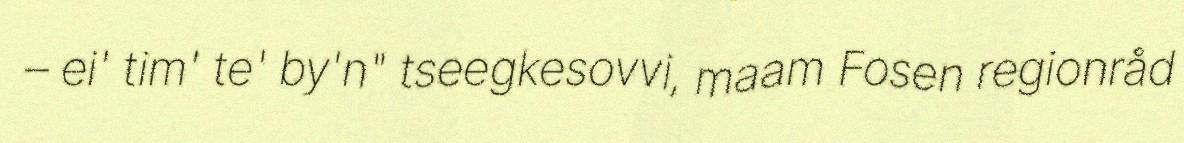
– ei' tim' te' by'n" tseegkesovvi, maam Fosen regionråd